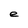
Character: e